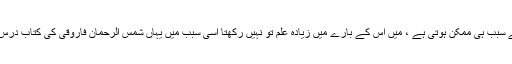
شعر میں غنایت اور چاشنی وزن اور بحر کے سبب ہی ممکن ہوتی ہے ، میں اِس کے بارے میں زیادہ علم تو نہیں رکھتا اِسی سبب میں یہاں شمس الرحمان فاروقی کی کتاب درسِ بلاغت سے کچھ سطریں اقتباس کررہا ہوں ۔